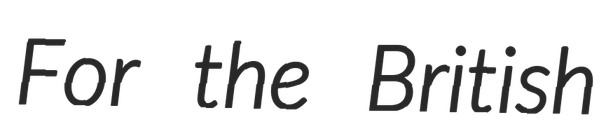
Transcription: For the British